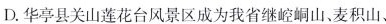
D. 华亭县关山莲花台风景区成为我省继崆峒山、麦积山、